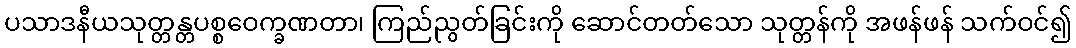
ပသာဒနီယသုတ္တန္တပစ္စဝေက္ခဏတာ၊ ကြည်ညွတ်ခြင်းကို ဆောင်တတ်သော သုတ္တန်ကို အဖန်ဖန် သက်ဝင်၍